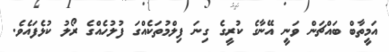
އަމީތާބް ބައްޗަން ވަނީ އޭނާގެ ކުރީގެ ގިނަ ފިލްމުތަކެއްގަ ފުލުހެއްގެ ރޯލު ކުޅެފައެވެ.